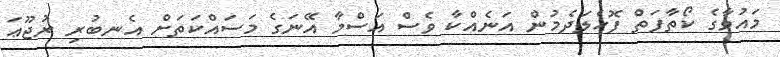
މައުވާގެ ކޯތާފަތް ފޮހެލަދެމުން އަނެއްކާ ވެސް އަސްމާ އޭނަގެ މަސައްކަތަށް އެނބުރި ރުޖޫޢަ